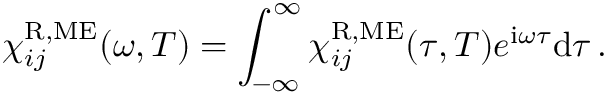
\chi _ { i j } ^ { \mathrm { R , M E } } ( \omega , T ) = \int _ { - \infty } ^ { \infty } \chi _ { i j } ^ { \mathrm { R , M E } } ( \tau , T ) e ^ { \mathrm { i } \omega \tau } \mathrm { d } \tau \, .